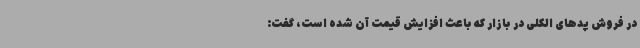
در فروش پدهای الکلی در بازار که باعث افزایش قیمت آن شده است، گفت: